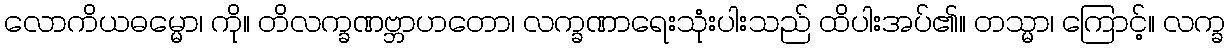
လောကိယဓမ္မော၊ ကို။ တိလက္ခဏဗ္ဘာဟတော၊ လက္ခဏာရေးသုံးပါးသည် ထိပါးအပ်၏။ တသ္မာ၊ ကြောင့်။ လက္ခ